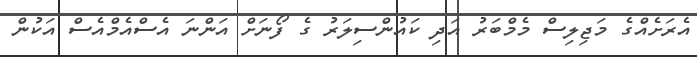
އެރަށެއްގެ މަޖިލިސް މެމްބަރު އަދި ކައުންސިލަރު ގެ ފޯނަށް އަންނަ އެސްއެމްއެސް އަކުން